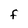
Character: f